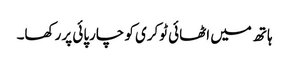
ہاتھ میں اٹھائی ٹوکری کو چارپائی پر رکھا۔